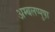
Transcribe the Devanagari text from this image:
अम्बलप्पुष़ा